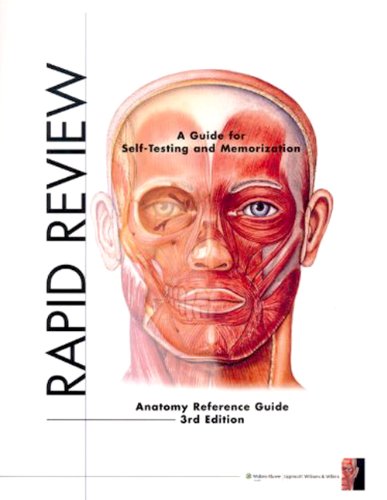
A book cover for Rapid Review: Anatomy Reference Guide; Anatomical Chart Company; Medical Books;